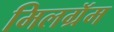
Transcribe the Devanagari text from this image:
मिलग्रॅम